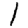
Digit: 1